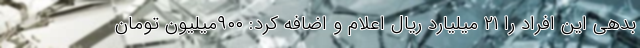
بدهی این افراد را ۲۱ میلیارد ریال اعلام و اضافه کرد: ۹۰۰میلیون تومان